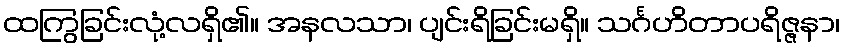
ထကြွခြင်းလုံ့လရှိ၏။ အနလသာ၊ ပျင်းရိခြင်းမရှိ။ သင်္ဂဟိတာပရိဇ္ဇနာ၊